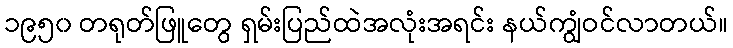
၁၉၅၀ တရုတ်ဖြူတွေ ရှမ်းပြည်ထဲအလုံးအရင်း နယ်ကျွံဝင်လာတယ်။